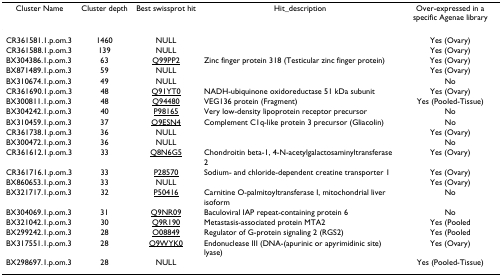
<table><thead><tr><td><b>Cluster Name</b></td><td><b>Cluster depth</b></td><td><b>Best swissprot hit</b></td><td><b>Hit_description</b></td><td><b>Over-expressed in a specific Agenae library</b></td></tr></thead><tbody><tr><td>CR361581.1.p.om.3</td><td>1460</td><td>NULL</td><td></td><td>Yes (Ovary)</td></tr><tr><td>CR361588.1.p.om.3</td><td>139</td><td>NULL</td><td></td><td>Yes (Ovary)</td></tr><tr><td>BX304386.1.p.om.3</td><td>63</td><td>Q99PP2</td><td>Zinc finger protein 318 (Testicular zinc finger protein)</td><td>Yes (Ovary)</td></tr><tr><td>BX871489.1.p.om.3</td><td>59</td><td>NULL</td><td></td><td>Yes (Ovary)</td></tr><tr><td>BX310674.1.p.om.3</td><td>49</td><td>NULL</td><td></td><td>No</td></tr><tr><td>CR361690.1.p.om.3</td><td>48</td><td>Q91YT0</td><td>NADH-ubiquinone oxidoreductase 51 kDa subunit</td><td>Yes (Ovary)</td></tr><tr><td>BX300811.1.p.om.3</td><td>48</td><td>Q94480</td><td>VEG136 protein (Fragment)</td><td>Yes (Pooled-Tissue)</td></tr><tr><td>BX304242.1.p.om.3</td><td>40</td><td>P98165</td><td>Very low-density lipoprotein receptor precursor</td><td>No</td></tr><tr><td>BX310459.1.p.om.3</td><td>37</td><td>Q9ESN4</td><td>Complement C1q-like protein 3 precursor (Gliacolin)</td><td>No</td></tr><tr><td>CR361738.1.p.om.3</td><td>36</td><td>NULL</td><td></td><td>Yes (Ovary)</td></tr><tr><td>BX300472.1.p.om.3</td><td>36</td><td>NULL</td><td></td><td>No</td></tr><tr><td>CR361612.1.p.om.3</td><td>33</td><td>Q8N6G5</td><td>Chondroitin beta-1, 4-N-acetylgalactosaminyltransferase 2</td><td>Yes (Ovary)</td></tr><tr><td>CR361716.1.p.om.3</td><td>33</td><td>P28570</td><td>Sodium- and chloride-dependent creatine transporter 1</td><td>Yes (Ovary)</td></tr><tr><td>BX860653.1.p.om.3</td><td>33</td><td>NULL</td><td></td><td>Yes (Ovary)</td></tr><tr><td>BX321717.1.p.om.3</td><td>32</td><td>P50416</td><td>Carnitine O-palmitoyltransferase I, mitochondrial liver isoform</td><td>No</td></tr><tr><td>BX304069.1.p.om.3</td><td>31</td><td>Q9NR09</td><td>Baculoviral IAP repeat-containing protein 6</td><td>No</td></tr><tr><td>BX321042.1.p.om.3</td><td>30</td><td>Q9R190</td><td>Metastasis-associated protein MTA2</td><td>Yes (Pooled</td></tr><tr><td>BX299242.1.p.om.3</td><td>28</td><td>O08849</td><td>Regulator of G-protein signaling 2 (RGS2)</td><td>Yes (Pooled</td></tr><tr><td>BX317551.1.p.om.3</td><td>28</td><td>Q9WYK0</td><td>Endonuclease III (DNA-(apurinic or apyrimidinic site) lyase)</td><td>Yes (Ovary)</td></tr><tr><td>BX298697.1.p.om.3</td><td>28</td><td>NULL</td><td></td><td>Yes (Pooled-Tissue)</td></tr></tbody></table>